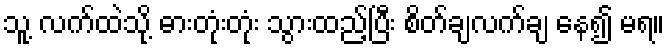
သူ့ လက်ထဲသို့ ဓားတုံးတုံး သွားထည့်ပြီး စိတ်ချလက်ချ နေ၍ မရ။